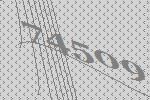
74509